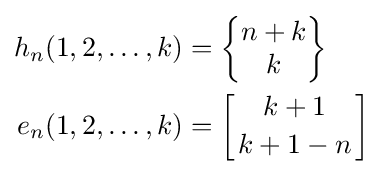
{\begin{aligned}h_{n}(1,2,\ldots ,k)&=\left\{{\begin{matrix}n+k\\k\end{matrix}}\right\}\\e_{n}(1,2,\ldots ,k)&=\left[{k+1 \atop k+1-n}\right]\\\end{aligned}}